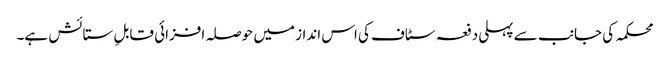
محکمہ کی جانب سے پہلی دفعہ سٹاف کی اس انداز میں حوصلہ افزائی قابلِ ستائش ہے۔